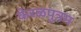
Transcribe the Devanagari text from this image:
केरळपुत्रम